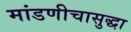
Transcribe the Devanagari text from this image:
मांडणीचासुद्धा